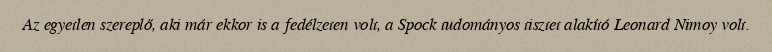
Az egyetlen szereplő, aki már ekkor is a fedélzeten volt, a Spock tudományos tisztet alakító Leonard Nimoy volt.